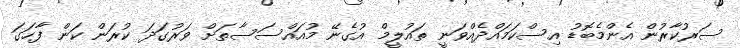
ސަރުކާރުން އެންމެބޮޑު އިސްކަމައްދެއްވަނީ ތައުލީމް އުގެނޭ މުއައްސަސާތަށް ވަރުގަދަ ކުރަން ކަން ފާހަގަ